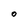
Character: O